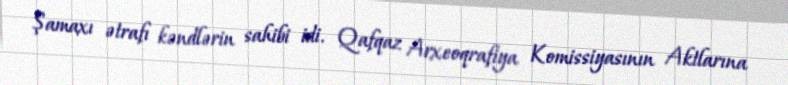
Şamaxı ətrafı kəndlərin sahibi idi. Qafqaz Arxeoqrafiya Komissiyasının Aktlarına